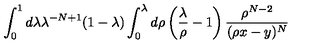
\int _ { 0 } ^ { 1 } d \lambda \lambda ^ { - N + 1 } ( 1 - \lambda ) \int _ { 0 } ^ { \lambda } d \rho \left( \frac { \lambda } { \rho } - 1 \right) \frac { \rho ^ { N - 2 } } { ( \rho x - y ) ^ { N } }